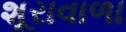
શૂરાવાળા